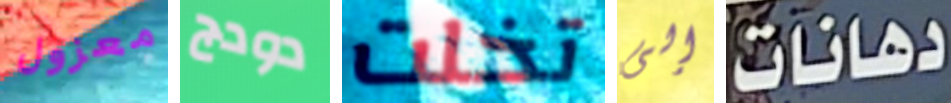
معزول دودج تخلت إلى دهانات